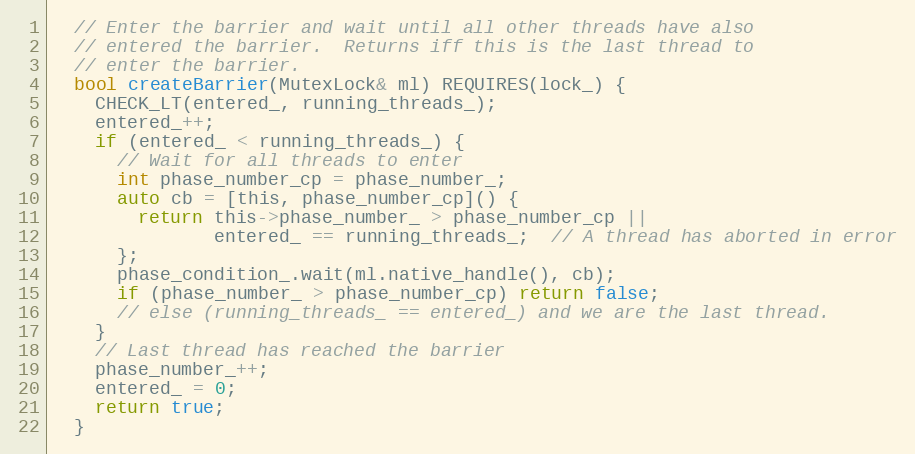
Language: C
  // Enter the barrier and wait until all other threads have also
  // entered the barrier.  Returns iff this is the last thread to
  // enter the barrier.
  bool createBarrier(MutexLock& ml) REQUIRES(lock_) {
    CHECK_LT(entered_, running_threads_);
    entered_++;
    if (entered_ < running_threads_) {
      // Wait for all threads to enter
      int phase_number_cp = phase_number_;
      auto cb = [this, phase_number_cp]() {
        return this->phase_number_ > phase_number_cp ||
               entered_ == running_threads_;  // A thread has aborted in error
      };
      phase_condition_.wait(ml.native_handle(), cb);
      if (phase_number_ > phase_number_cp) return false;
      // else (running_threads_ == entered_) and we are the last thread.
    }
    // Last thread has reached the barrier
    phase_number_++;
    entered_ = 0;
    return true;
  }